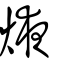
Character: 焲